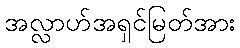
အလ္လာဟ်အရှင်မြတ်အား